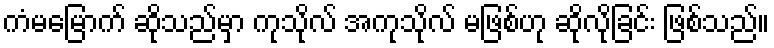
ကံမမြောက် ဆိုသည်မှာ ကုသိုလ် အကုသိုလ် မဖြစ်ဟု ဆိုလိုခြင်း ဖြစ်သည်။